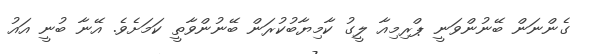
ގެންނަން ބޭނުންވަނީ ޕްރިމިއާ ލީގު ކާމިޔާބުކުރަން ބޭނުންވާތީ ކަމަށެވެ. އޭނާ ބުނީ އައު